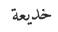
خديعة